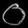
Digit: ၀